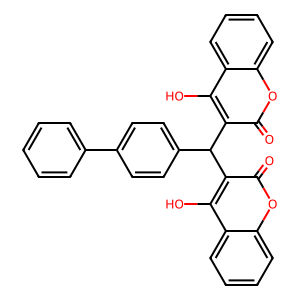
SMILES: O=c1oc2ccccc2c(O)c1C(c1ccc(-c2ccccc2)cc1)c1c(O)c2ccccc2oc1=O
Inhibits HIV replication: No